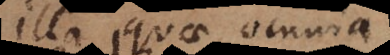
illa quae omnia